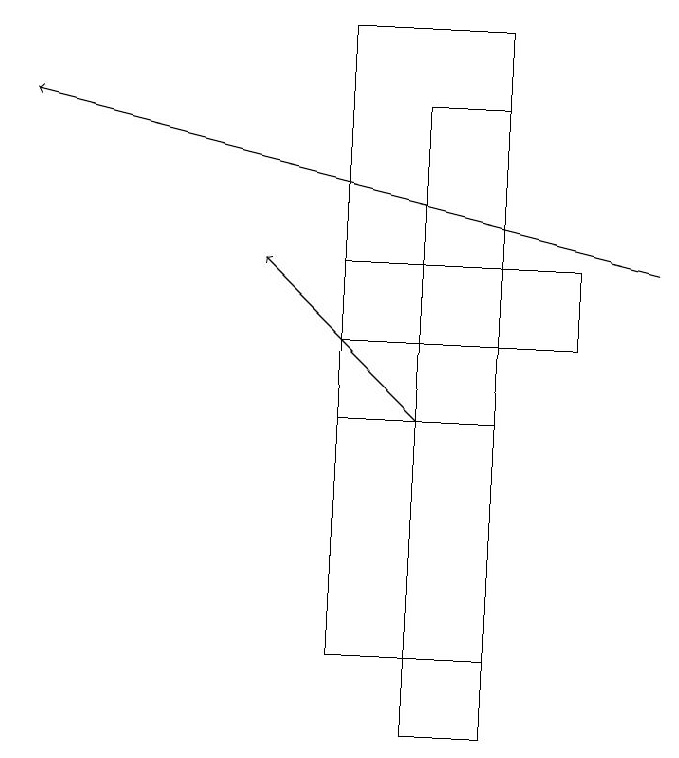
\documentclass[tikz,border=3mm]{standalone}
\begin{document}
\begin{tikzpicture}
\draw[->] (5,14) -- (3,16);
\draw (6,10) rectangle (5,18);
\draw (7,15) rectangle (4,16);
\draw (4,14) rectangle (6,19);
\draw[->] (8,16) -- (0,18);
\draw (4,16) rectangle (6,11);
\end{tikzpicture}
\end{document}